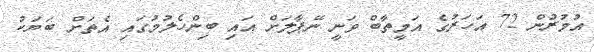
އުމުރުން 72 އަހަރުގެ އަމީތާބް ވަނީ ނޭޕާލަށް އައި ބިންހެލުމުގައި އެތަށް ބަޔަކު